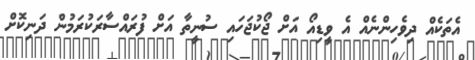
އެތަކެއް ދިވެހިންނެއް އެ ވީޑިއޯ އަށް ޖޯކުޖަހައި ސުނީތާ އަށް ފުރައްސާރަކުރަމުން ދަނިކޮށް